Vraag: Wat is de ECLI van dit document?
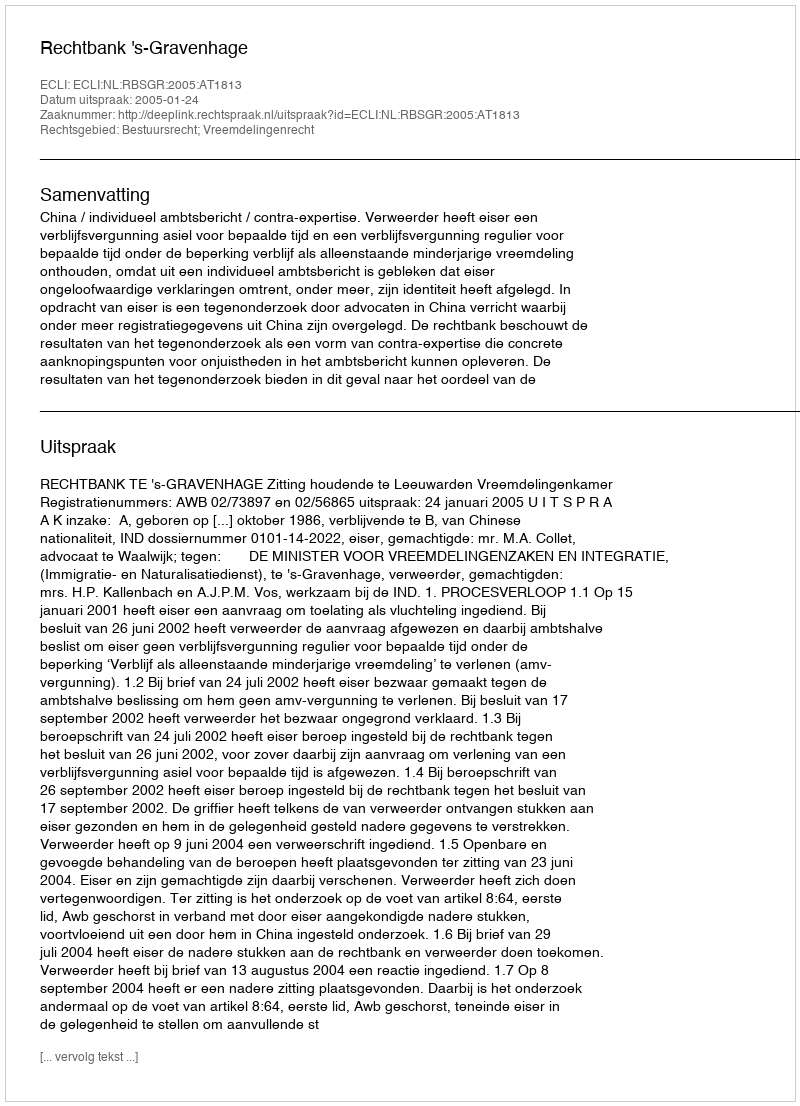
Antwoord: ECLI:NL:RBSGR:2005:AT1813